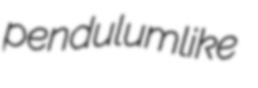
pendulumlike